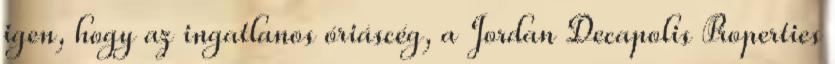
igen, hogy az ingatlanos óriáscég, a Jordan Decapolis Properties